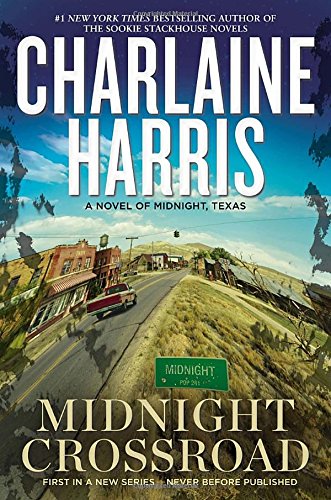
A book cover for Midnight Crossroad (Midnight, Texas); Charlaine Harris; Science Fiction & Fantasy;